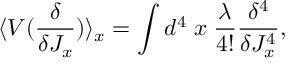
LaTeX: \langle V ( \frac { \delta } { \delta J _ { x } } ) \rangle _ { x } = \int d ^ { 4 } \; x \; \frac { \lambda } { 4 ! } \frac { \delta ^ { 4 } } { \delta J _ { x } ^ { 4 } } ,